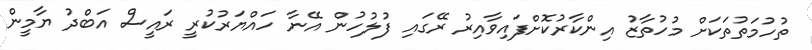
ތުހުމަތުތަކަށް މުހުތާޒު އިންކާރުކޮށްފައިވާއިރު ރޭގައި ފުލުހުން އޭނާ ހައްޔަރުކުރީ ރައީސް އަބްދު ޔާމީން